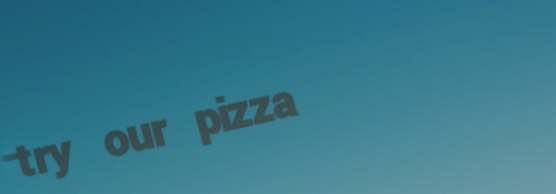
try our pizza